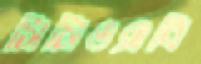
সিসিওএবি